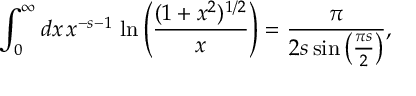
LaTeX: \int _ { 0 } ^ { \infty } d x \, x ^ { - s - 1 } \, \ln \left( \frac { ( 1 + x ^ { 2 } ) ^ { 1 / 2 } } { x } \right) = { \frac { \pi } { 2 s \sin \left( \frac { \pi s } { 2 } \right) } } ,